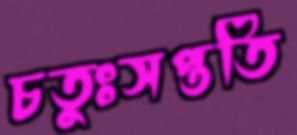
চতুঃসপ্ততি